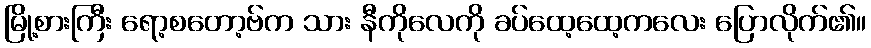
မြို့စားကြီး ရော့စတော့ဗ်က သား နီကိုလေကို ခပ်ထေ့ထေ့ကလေး ပြောလိုက်၏။